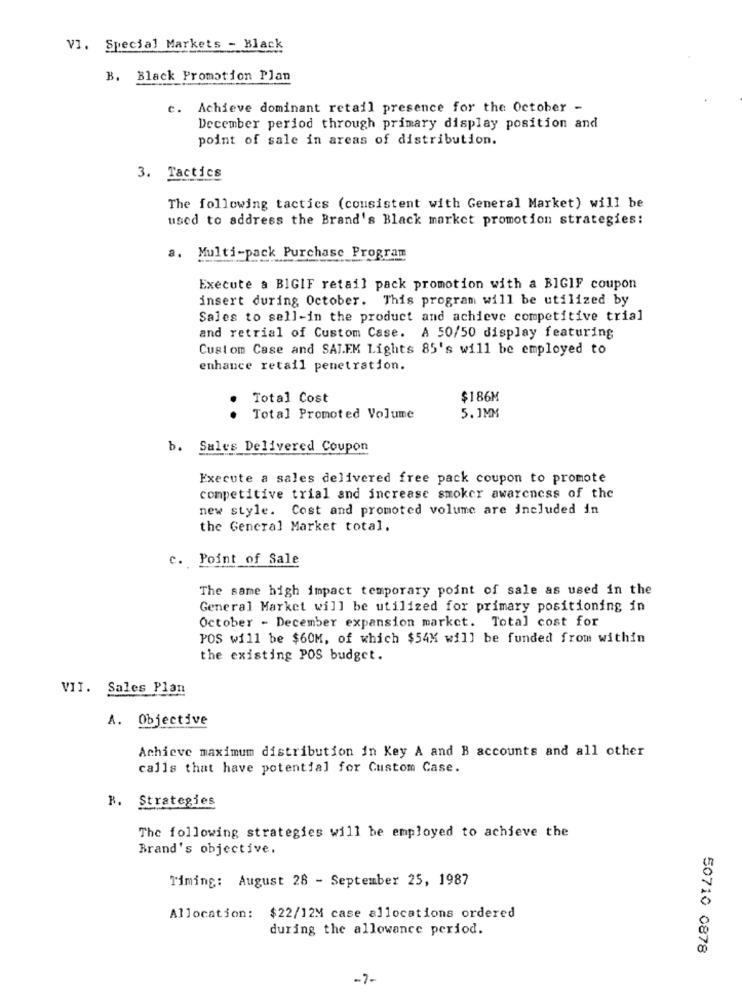
VI. Special Markets - Black
B. Black Promotion Plan
C.
Achieve dominant retail presence for the October -
December period through primary display position and
point of sale in areas of distribution.
3. Tactics
The following tactics (consistent with General Market) will be
used to address the Brand's Black market promotion strategies:
a. Multi-pack Purchase Program
Execute a BIGIF retail pack promotion with a BIGIF coupon
insert during October. This program will be utilized by
Sales to sell-in the product and achieve competitive trial
and retrial of Custom Case. A 50/50 display featuring
Custom Case and SALEM Lights 85's will be employed to
enhance retail penetration.
Total Cost
$186M
Total Promoted Volume
5.1MM
b. Sales Delivered Coupon
Execute a sales delivered free pack coupon to promote
competitive trial and increase smoker awareness of the
new style. Cost and promoted volume are included in
the General Market total.
c. Point of Sale
The same high impact temporary point of sale as used in the
General Market will be utilized for primary positioning in
October - December expansion market. Total cost for
POS will be $60M, of which $54K will be funded from within
the existing POS budget.
VII. Sales Plan
A. Objective
Achieve maximum distribution in Key A and B accounts and all other
calls that have potential for Custom Case.
R. Strategies
The following strategies will be employed to achieve the
Brand's objective.
Timing: August 28 - September 25, 1987
Allocation: $22/12M case allocations ordered
during the allowance period.
50710 0878
-7-